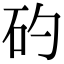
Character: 𥐝